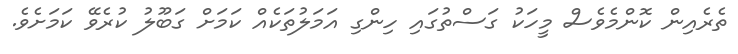
ތެރެއިން ކޮންމެވެސް މީހަކު ގަސްތުގައި ހިންގި އަމަލުތަކެއް ކަމަށް ގަބޫލު ކުރެވޭ ކަމަށެވެ.